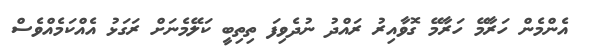
އެންމެން ހަރާމޭ ހަރާމޭ ގޮވާއިރު ރައްދު ނުދެވިފަ ތިތިބީ ކަލޭމެނަށް ރަގަޅު އެއްކަމެއްވެސް